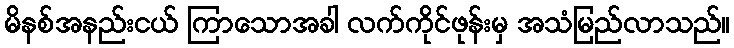
မိနစ်အနည်းငယ် ကြာသောအခါ လက်ကိုင်ဖုန်းမှ အသံမြည်လာသည်။